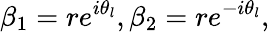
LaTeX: \beta_{1}=re^{i\theta_{l}},\beta_{2}=re^{-i\theta_{l}},